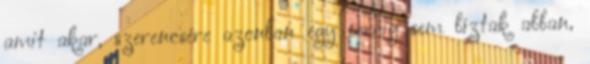
amit akar, szerencsére azonban egy percig sem bíztak abban,